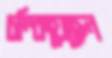
চম্‌কিয়েছেন